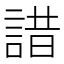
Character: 諎